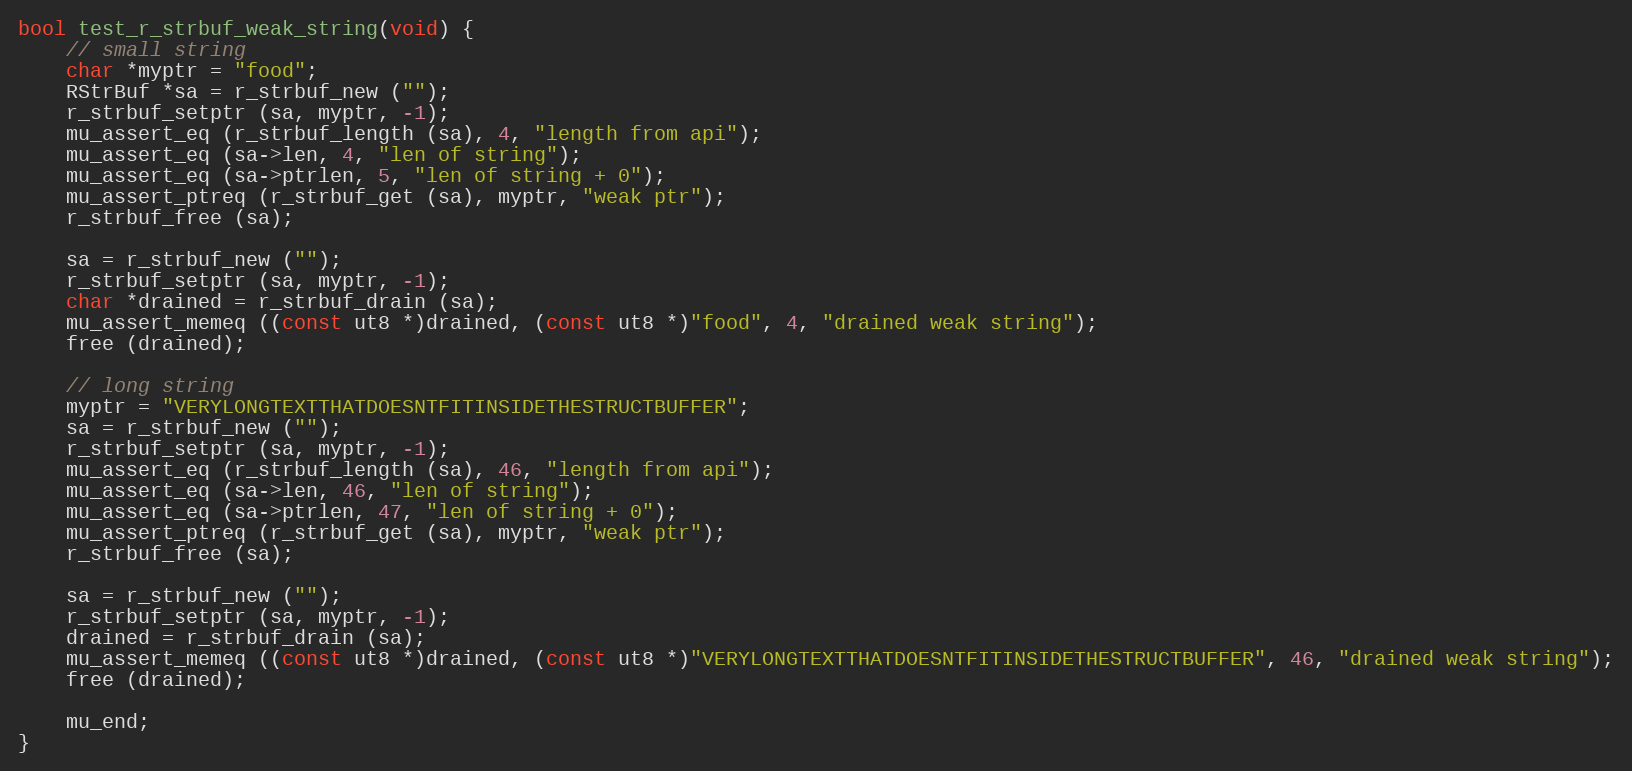
Language: C
bool test_r_strbuf_weak_string(void) {
	// small string
	char *myptr = "food";
	RStrBuf *sa = r_strbuf_new ("");
	r_strbuf_setptr (sa, myptr, -1);
	mu_assert_eq (r_strbuf_length (sa), 4, "length from api");
	mu_assert_eq (sa->len, 4, "len of string");
	mu_assert_eq (sa->ptrlen, 5, "len of string + 0");
	mu_assert_ptreq (r_strbuf_get (sa), myptr, "weak ptr");
	r_strbuf_free (sa);

	sa = r_strbuf_new ("");
	r_strbuf_setptr (sa, myptr, -1);
	char *drained = r_strbuf_drain (sa);
	mu_assert_memeq ((const ut8 *)drained, (const ut8 *)"food", 4, "drained weak string");
	free (drained);

	// long string
	myptr = "VERYLONGTEXTTHATDOESNTFITINSIDETHESTRUCTBUFFER";
	sa = r_strbuf_new ("");
	r_strbuf_setptr (sa, myptr, -1);
	mu_assert_eq (r_strbuf_length (sa), 46, "length from api");
	mu_assert_eq (sa->len, 46, "len of string");
	mu_assert_eq (sa->ptrlen, 47, "len of string + 0");
	mu_assert_ptreq (r_strbuf_get (sa), myptr, "weak ptr");
	r_strbuf_free (sa);

	sa = r_strbuf_new ("");
	r_strbuf_setptr (sa, myptr, -1);
	drained = r_strbuf_drain (sa);
	mu_assert_memeq ((const ut8 *)drained, (const ut8 *)"VERYLONGTEXTTHATDOESNTFITINSIDETHESTRUCTBUFFER", 46, "drained weak string");
	free (drained);

	mu_end;
}